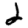
Digit: 2